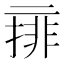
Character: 𠄽